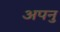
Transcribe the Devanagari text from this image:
अपनु